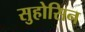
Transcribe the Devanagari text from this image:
सुहोसिन